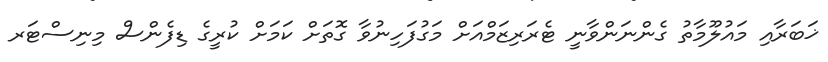
ޚަބަރާއި މައުލޫމާތު ގެންނަންވާނީ ޓެރަރިޒަމްއަށް މަގުފަހިނުވާ ގޮތަށް ކަމަށް ކުރީގެ ޑިފެންސް މިނިސްޓަރ